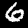
Digit: 6